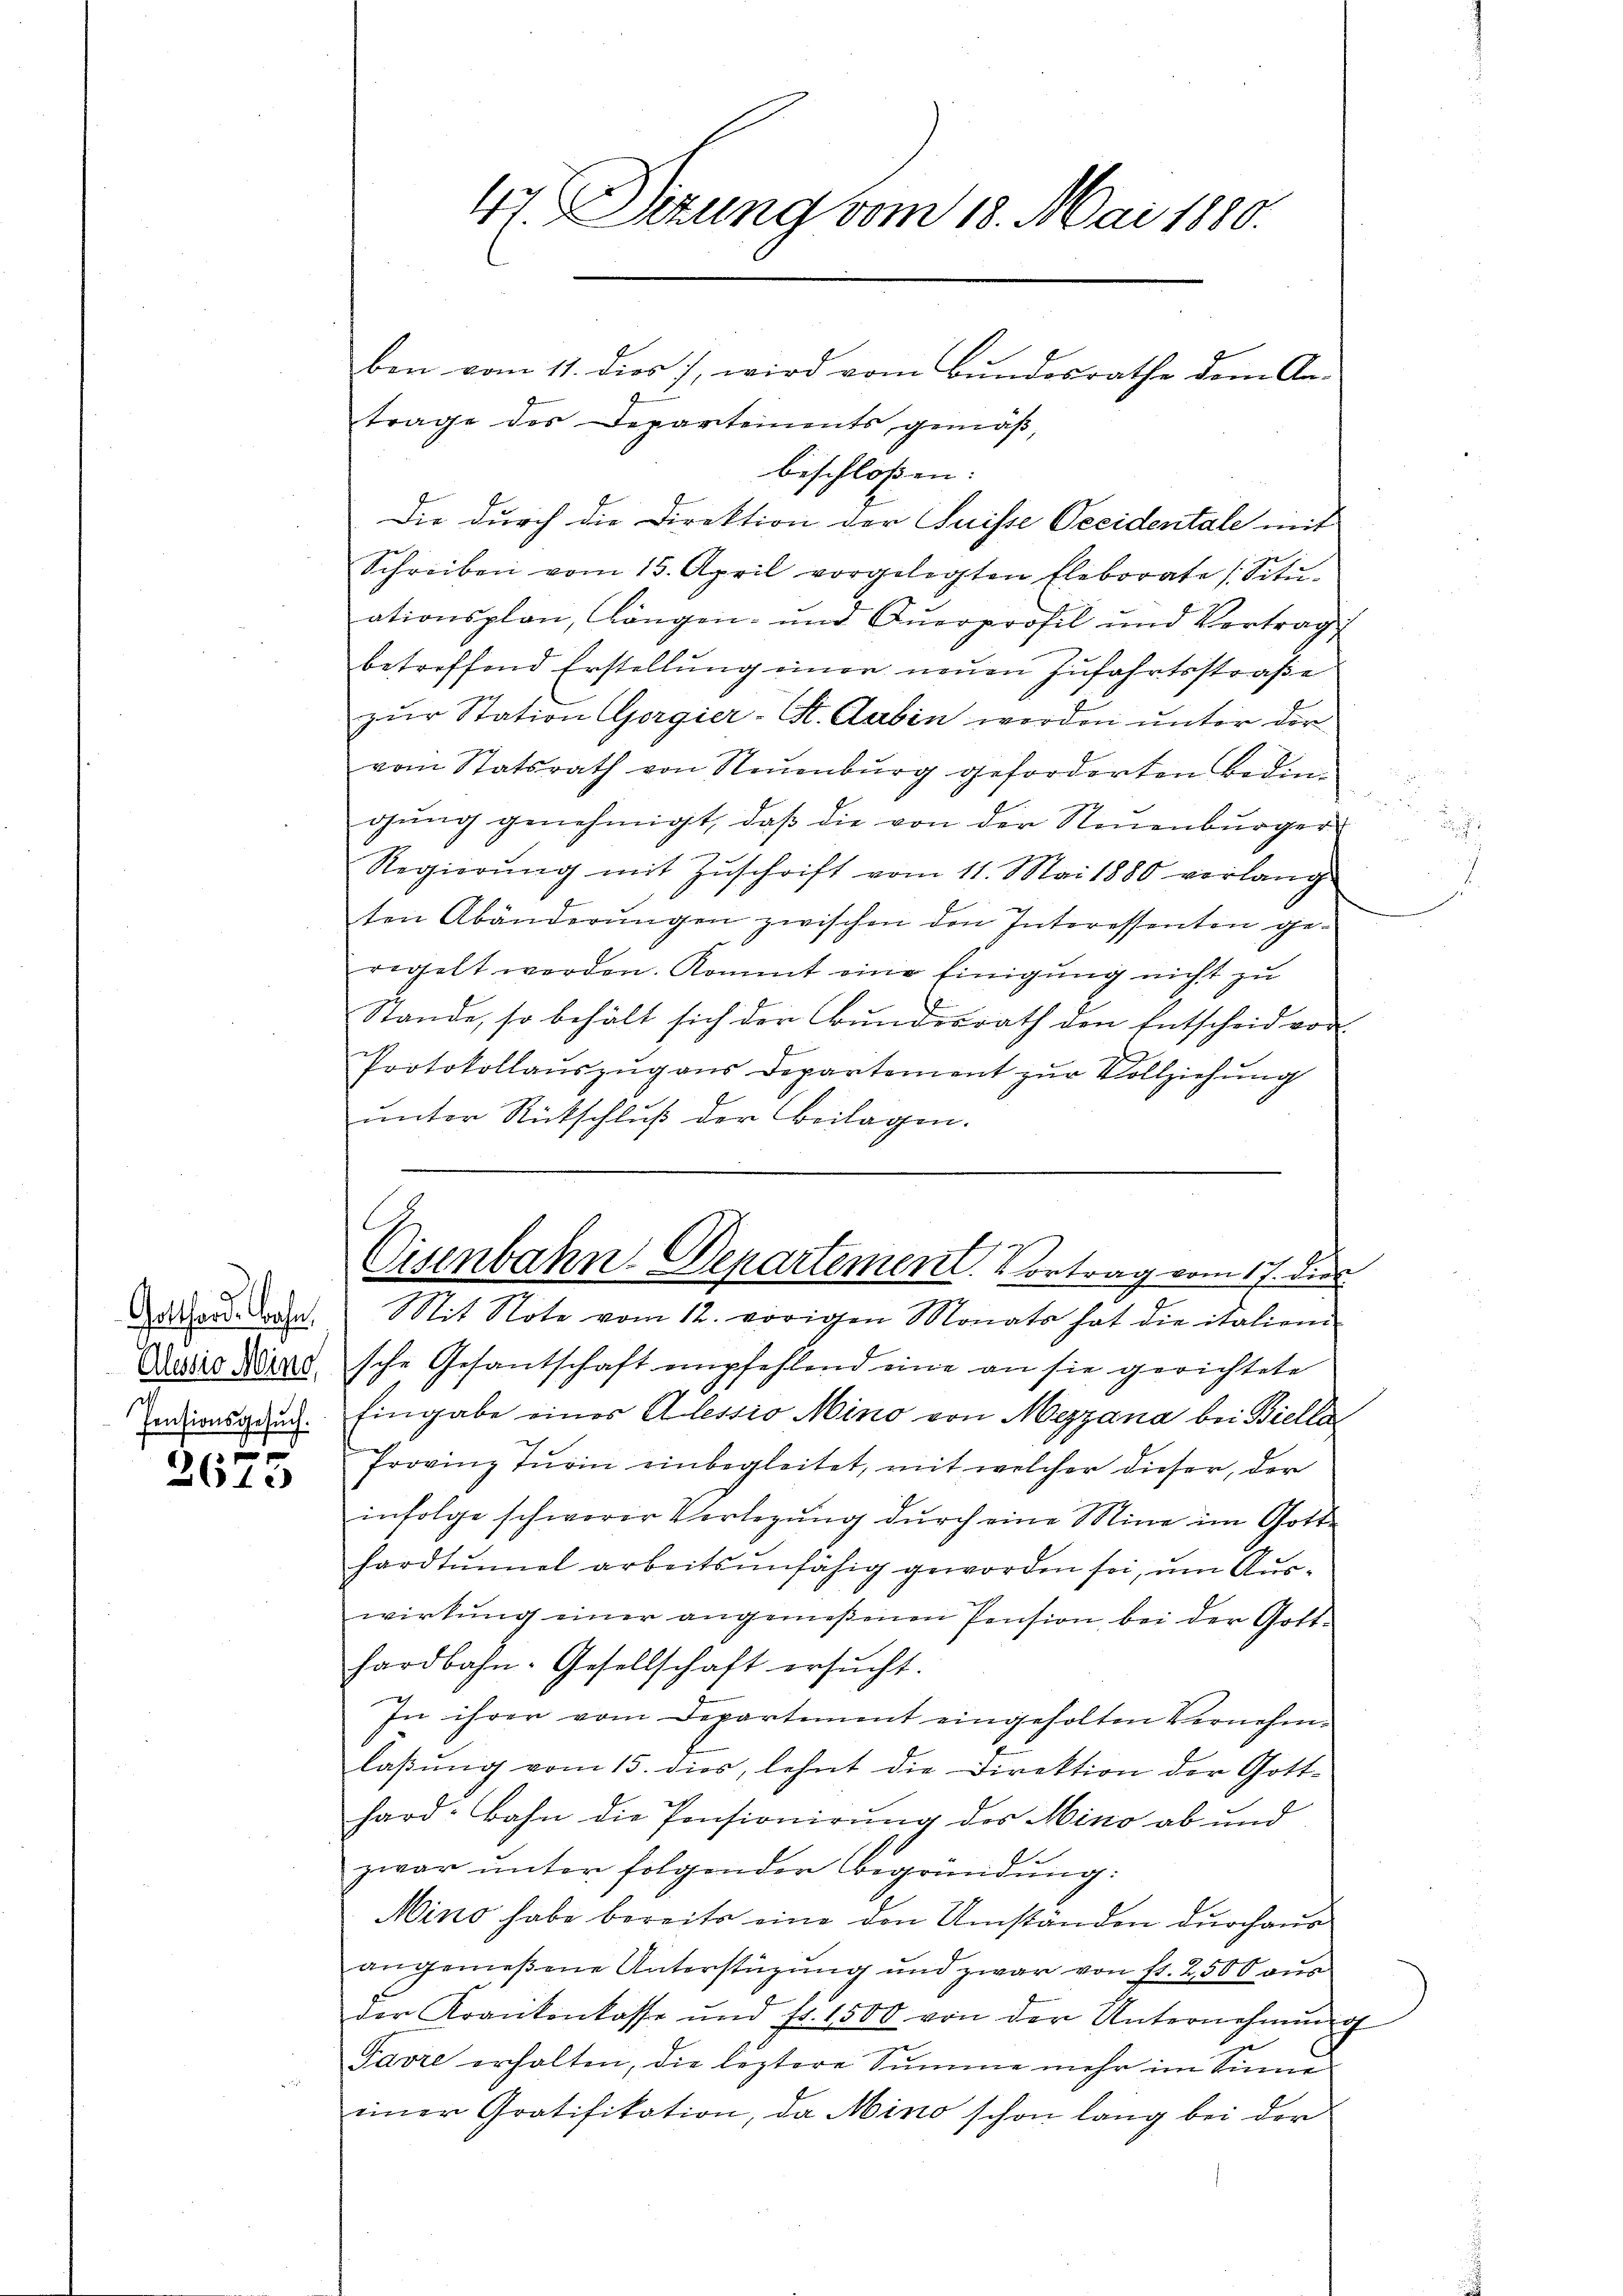
d
Gotthard-Bahn,
Pensionsgesuch.

f xx
1c

ben vom 11. dies , wird vom Bundesrathe dem An-
trage des Departements gemäß,
beschlossen:
Die durch die Direktion der Suisse Decidentale mit
Schreiben vom 15. April vorgelegten Eleborate (Sitŭ-
ationsplan, längen- und Querprofil und Vertrag
betreffend Erstellung einer neuen Zufahrtsstraße
zur Station (Gorgier-St. Gaben werden unter der
vom Statsrath von Neuenburg geforderten Bedingung genehmigt, daß die von der Neuenburger
Regierŭng mit Zŭschrift vom 11. Mai 1880 verlang
ten Abänderŭngen zwischen den Interessenten ge-
regelt werden. Kommt eine Einigung nicht zu
Stande, so behält sich der Bundesrath den Entscheid vor
Protokollauszug aus Departement zur Vollziehung
unter Rückschluß der Beilagen.
Cisenbahn. Departement. Vortrag vom 17. dies
Mit Note vom 12. vorigen Monats hat die italien
Quiis Kind sche Gesantschaft empfehlend eine an sie gerichtete
Eingabe eines Alessio Mino von Mezzana bei Bielle
Provinz Turin einbegleitet, mit welcher dieser, der
infolge schwerer Verlegung durch eine Mine im Gotte
hardtunnel arbeitsunfähig geworden sei, um Auswirkung einer angemeßenen Pension bei der Gotthardbahn- Gesellschaft ersŭcht.
In ihrer vom Departement eingeholten Vernehmlaßung vom 15. dies, lehnt die Direktion der Gotthard: Bahn die Pensionirung des Mino ab und
zwar unter folgender Begründung:
Mino habe bereits eine den Umständen durchaus
angemeßene Unterstüzung und zwar von fr. 2500 aus
der Krankenkasse und fr. 1500 von der Unternehmung
Favre erhalten, die leztere Summe mehr im Sinne
einer Gratifikation, da Mino schon lang bei der

47. Sizung vom 18. Mai 1880.